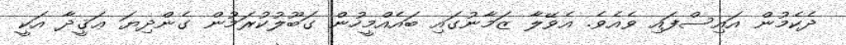
ދެކެމުން އައިސްފައި ވެއެވެ. އެވޭލާ ޒަމާނުގައި ބައެއްމީހުން ގަބޫލުކުރަމުން ގެންދިޔަ ޢަޤީދާ އަކީ